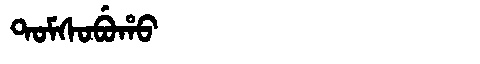
Manchu: ᡨᠣᠮᠰᠣᠪᡠᡥᠣ
Romanization: TOMSOBUHO